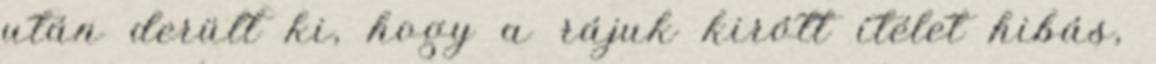
után derült ki, hogy a rájuk kirótt ítélet hibás,